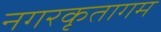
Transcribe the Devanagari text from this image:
नगरकृतागम